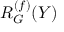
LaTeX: R _ { G } ^ { ( f ) } ( Y )